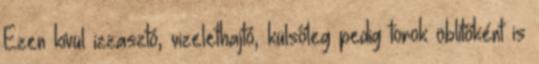
Ezen kívül izzasztó, vizelethajtó, külsőleg pedig torok öblítőként is